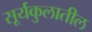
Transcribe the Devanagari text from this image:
सूर्यकुलातील